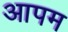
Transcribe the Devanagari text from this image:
आपम